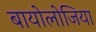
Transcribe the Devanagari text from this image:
बायोलोजिया